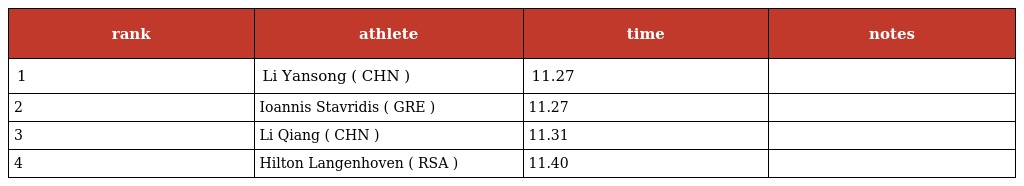
| rank | athlete | time | notes |
 | --- | --- | --- | --- |
 | 1 | Li Yansong ( CHN ) | 11.27 |  |
 | 2 | Ioannis Stavridis ( GRE ) | 11.27 |  |
 | 3 | Li Qiang ( CHN ) | 11.31 |  |
 | 4 | Hilton Langenhoven ( RSA ) | 11.40 |  |